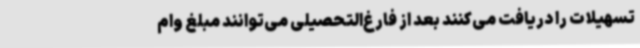
تسهیلات را دریافت می‌کنند بعد از فارغ‌التحصیلی می‌توانند مبلغ وام